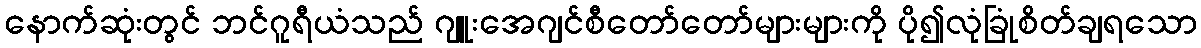
နောက်ဆုံးတွင် ဘင်ဂူရီယံသည် ဂျူးအေဂျင်စီတော်တော်များများကို ပို၍လုံခြုံစိတ်ချရသော